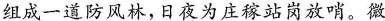
组成一道防风林，日夜为庄稼站岗放哨。微